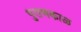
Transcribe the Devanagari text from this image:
पुराणकाळ